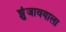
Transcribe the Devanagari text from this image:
झुंजावयाला